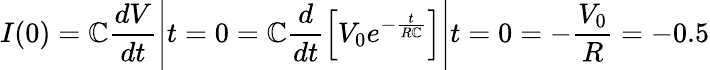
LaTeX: I(0)=\mathbb{C}\frac{{dV}}{{dt}}\Bigg|{t=0}=\mathbb{C}\frac{{d}}{{dt}}\Big[V_{0}e^{-\frac{{t}}{{R\mathbb{C}}}}\Big]\Bigg|{t=0}=-\frac{{V_{0}}}{{R}}=-0.5